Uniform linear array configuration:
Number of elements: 16
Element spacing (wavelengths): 0.25
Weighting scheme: binomial
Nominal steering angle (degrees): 45
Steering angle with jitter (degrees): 45.604
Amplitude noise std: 0.05
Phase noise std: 0.05

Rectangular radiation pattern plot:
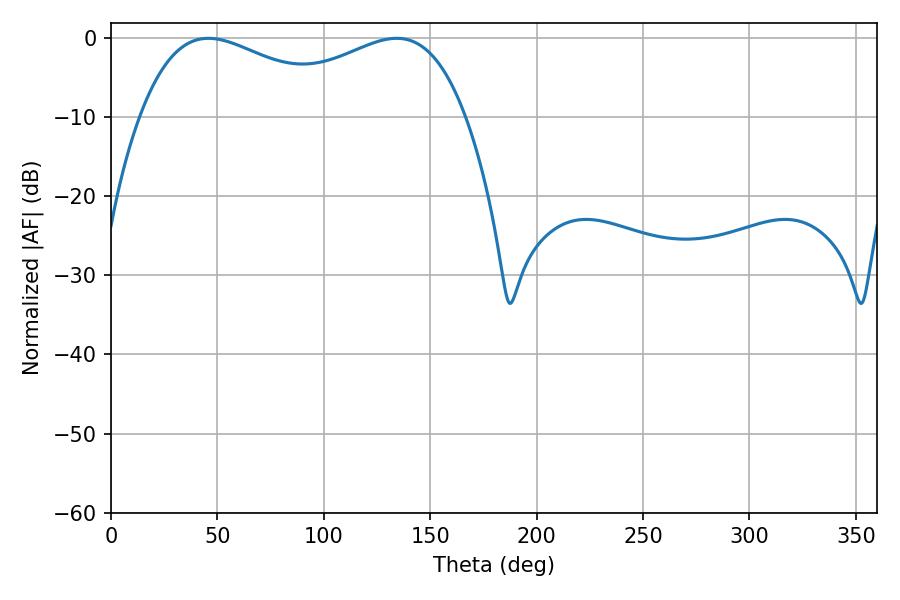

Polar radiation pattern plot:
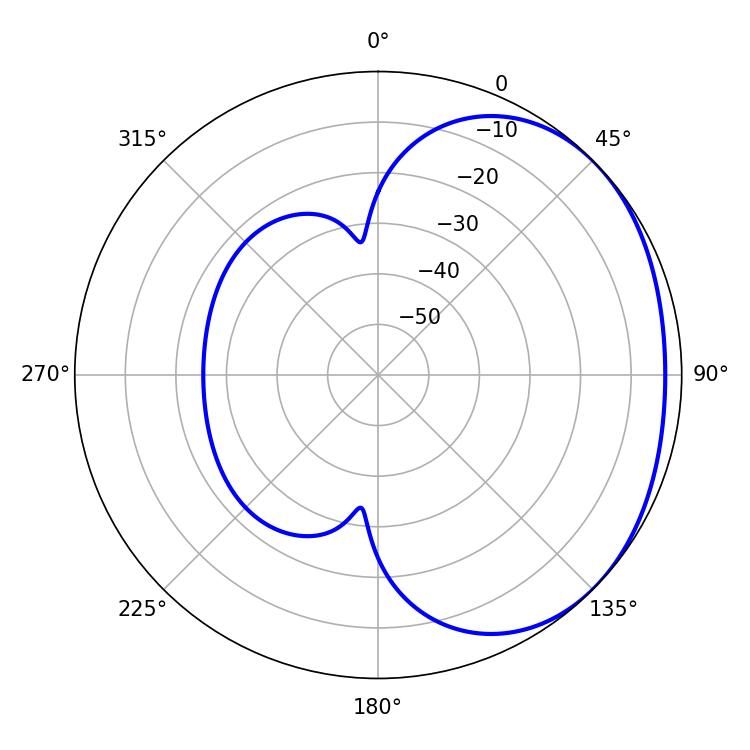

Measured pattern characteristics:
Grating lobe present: FALSE
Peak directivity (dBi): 1.792
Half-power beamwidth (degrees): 54.9
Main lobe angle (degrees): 45.72